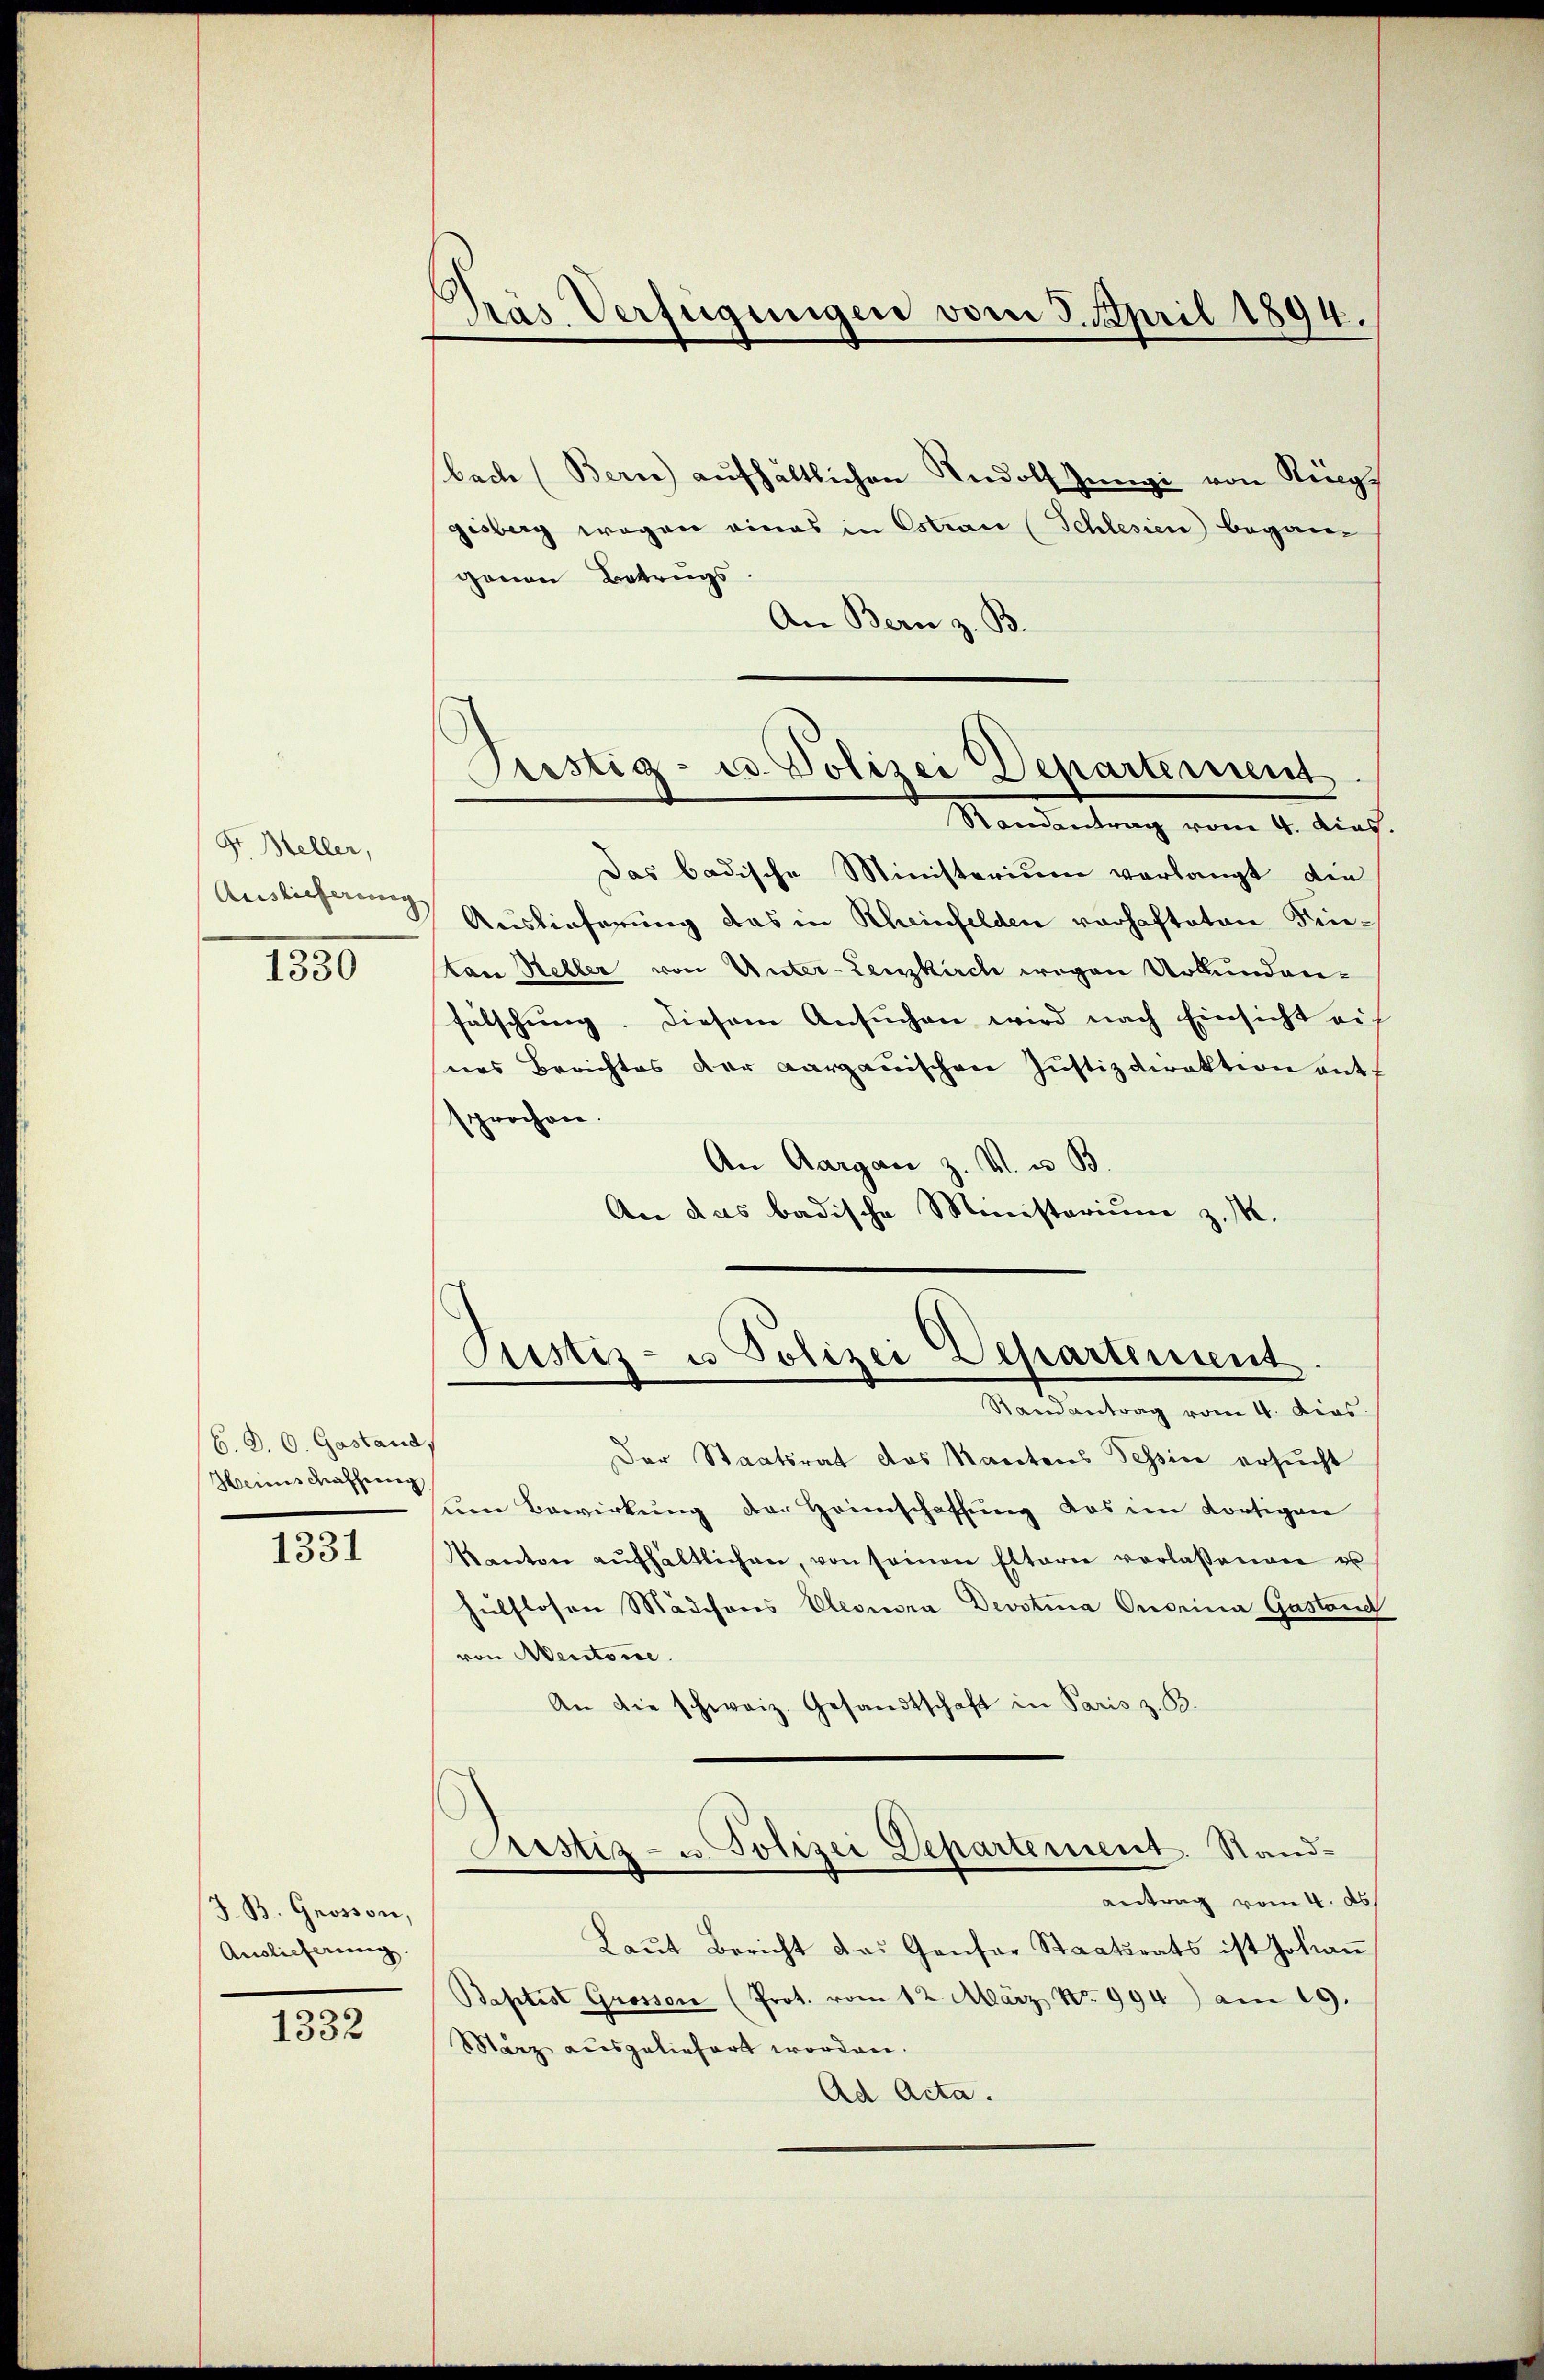
Fr. Heller,
Auslieferung

1330

C. D. O. Gastand
Heims Machung

1331

J. B. Grosson,
Auslieferung.

1332

Pras Verfügungen vom 3. April 1894.

bach (Bern) aufhältlichen Rudolf Jüngi von Ring
gisberg wegen eines in Estrau (Schlesien begangenen Betrugs
An Bern z. B.
Randantrag vom 4. dies
Das badische Ministerium verlangt die
Auslieferung das in Rheinfelden verhafteten Fretan Keller von Unter-Lenzkirch wegen Urkunden-
fälschung. Diesem Ansŭchen wird nach Einsicht ei
nes Berichtes der aargauischen Justizdirektion auff
sprochen.
An Aargau z. M. u. B.
An das badische Ministerium z. M.

Pristig- u. Polizei Departement.

Pustiz- u Polizei Departement
Mardienstung vom 1. die

Der Staatsrat das Mantens Tessine ersucht
ŭm Bewirkŭng der Heimschaffŭng das im dortigen
Kanton aŭfhältlichen, von seinen Elterer vorlassenen u
hülflosen Mädchens Eleonora Devotina Onorina Gastand
von Mentone.
An die schweiz. Gesandtschaft in Paris z. B.
stiz- u. Polizei Departement. Stand-
antrag vom 4. ds.
Laŭt Bericht das Gansar Staatsrats ist Johaṅ
Baptist Grosson (Prot. vom 12. März No. 994) am 19.
März ausgeliefert worden.
Ad Acta.